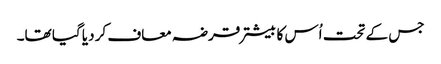
جس کے تحت اُس کا بیشتر قرضہ معاف کر دیا گیا تھا۔